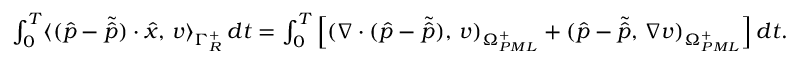
\begin{array} { r } { \int _ { 0 } ^ { T } \langle ( \hat { p } - \tilde { \hat { p } } ) \cdot \hat { x } , \, v \rangle _ { \Gamma _ { R } ^ { + } } \, d t = \int _ { 0 } ^ { T } \Big [ ( \nabla \cdot ( \hat { p } - \tilde { \hat { p } } ) , \, v ) _ { \Omega _ { P M L } ^ { + } } + ( \hat { p } - \tilde { \hat { p } } , \, \nabla v ) _ { \Omega _ { P M L } ^ { + } } \Big ] \, d t . } \end{array}